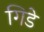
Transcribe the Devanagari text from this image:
गिडे